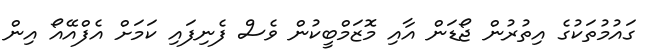
ގައުމުތަކުގެ އިތުރުން ޖޯޑަން އާއި މޮޒަމްބީކުން ވެސް ފެނިފައި ކަމަށް އެފްއޭއޯ އިން